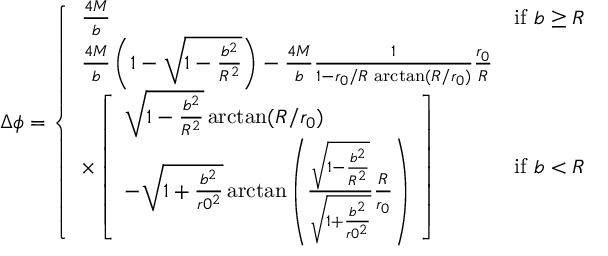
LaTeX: \Delta \phi = \left\{ \begin{array} { l l } { { \frac { 4 M } { b } } } & { { \mathrm { i f } \ b \geq R } } \\ { { \frac { 4 M } { b } \left( 1 - \sqrt { 1 - \frac { b ^ { 2 } } { R ^ { 2 } } } \right) - \frac { 4 M } { b } \frac { 1 } { 1 - r _ { 0 } / R \, \arctan ( R / r _ { 0 } ) } \frac { r _ { 0 } } { R } } } \\ { { \times \left[ \begin{array} { l } { { \sqrt { 1 - \frac { b ^ { 2 } } { R ^ { 2 } } } \arctan ( R / r _ { 0 } ) } } \\ { { - \sqrt { 1 + \frac { b ^ { 2 } } { r 0 ^ { 2 } } } \arctan \left( \frac { \sqrt { 1 - \frac { b ^ { 2 } } { R ^ { 2 } } } } { \sqrt { 1 + \frac { b ^ { 2 } } { r 0 ^ { 2 } } } } \frac { R } { r _ { 0 } } \right) } } \end{array} \right] } } & { { \mathrm { i f } \ b < R } } \end{array} \right.